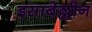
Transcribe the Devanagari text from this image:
इसाबेल्लीन